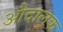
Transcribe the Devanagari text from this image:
औदालक